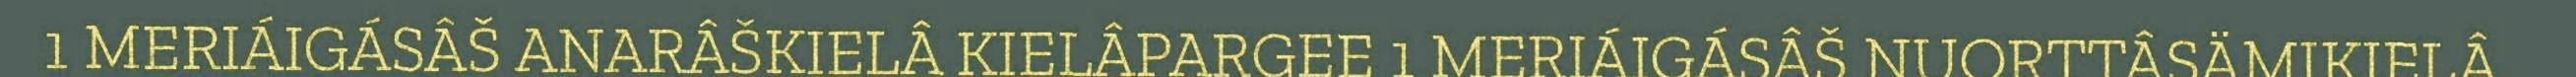
1 MERIÁIGÁSÂŠ ANARÂŠKIELÂ KIELÂPARGEE 1 MERIÁIGÁSÂŠ NUORTTÂSÄMIKIELÂ